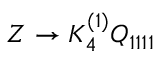
Z \to K _ { 4 } ^ { ( 1 ) } Q _ { 1 1 1 1 }